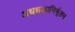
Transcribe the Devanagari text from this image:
अंधश्रद्धानिर्मूलन